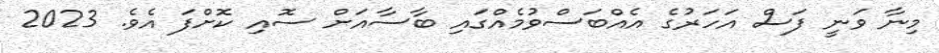
މިނާ ވަނީ ފަސް އަހަރުގެ އެއްބަސްވުމެއްގައި ބާސާއަށް ސޮއި ކޮށްފަ އެވެ. 2023